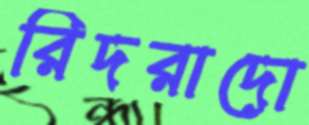
রিদরাদো